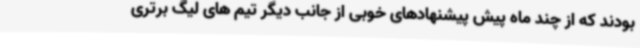
بودند که از چند ماه پیش پیشنهادهای خوبی از جانب دیگر تیم های لیگ برتری